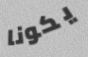
يكونا